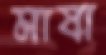
মাষা